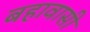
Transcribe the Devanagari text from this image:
बहावासी